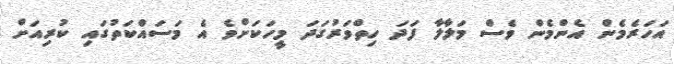
އަހަރެމެން އެންމެން ވެސް މަލާލާ ފަދަ ހިތްވަރުގަދަ މީހަކަށްވެ އެ މަސައްކަތުގައި ކުރިއަށް